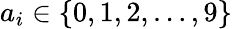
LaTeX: a_{i}\in\{ 0,1,2,\ldots,9\}